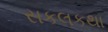
સકલકથા